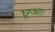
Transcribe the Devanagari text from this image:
छूआ।